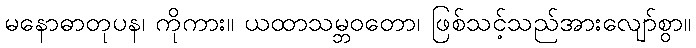
မနောဓာတုပန၊ ကိုကား။ ယထာသမ္ဘဝတော၊ ဖြစ်သင့်သည်အားလျော်စွာ။